Civil Veterinary Dept. Bombay admin report 1900-1906 - 1900-1906
Year: 1900
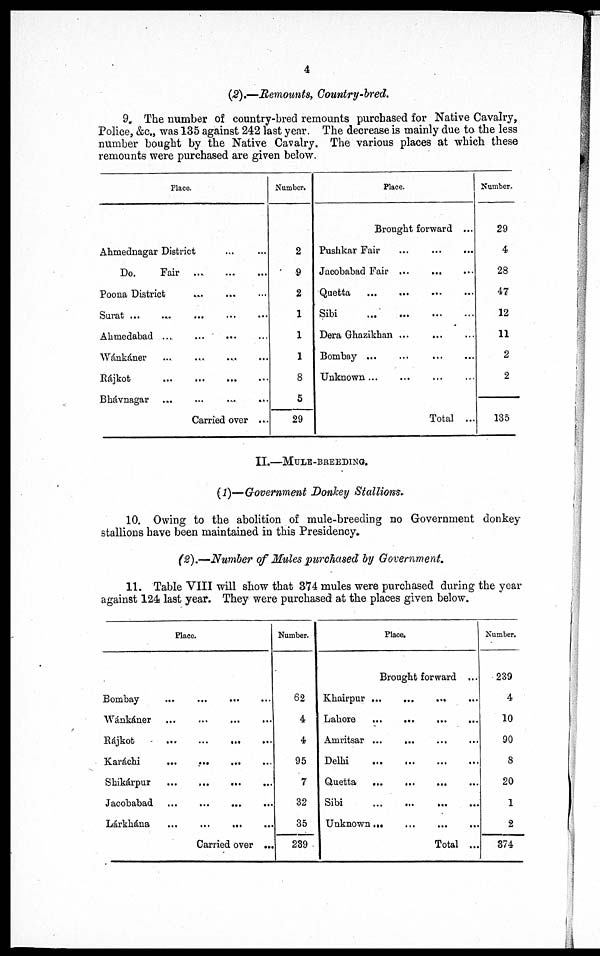
4
(2).—Remounts, Country-bred.
9. The number of country-bred remounts purchased for Native Cavalry,
Police, &c.,was 135 against 242 last year. The decrease is mainly due to the less
number bought by the Native Cavalry. The various places at which these
remounts were purchased are given below.
Place.
Ahmednagar District ... ...
Do.
Fair ....
Poona District ... ... ...
Surat ... ... ... ... ... ...
Ahmedabad ...
...
...
...
Wánkáner ... ... ... ...
Rájkot
....
Bhávnagar ...
...
...
...
Carried over ....
Number.
2
9
2
1
1
1
8
5
29
Place.
Brought forward ...
Pushkar Fair ... ... ...
Jacobabad Fair ...
...
...
Quetta
...
... ... ...
Sibi ... ...
...
...
Dera Ghazikhan ... ... ...
Bombay ...
Unknown ... ... ... ...
Total ...
Number.
29
4
28
47
12
11
2
2
135
II.—MULE-BREEDING.
(1)—Government Donkey Stallions.
10. Owing to the abolition of mule-breeding no Government donkey
stallions have been maintained in this Presidency.
(2).—Number of Mules purchased by Government.
11. Table VIII will show that 374 mules were purchased during the year
against 124 last year. They were purchased at the places given below.
Place.
Bombay
...
...
...
Wánkáner
...
...
...
...
Rájkot
...
...
...
...
Karáchi
...
...
...
Shikárpur
...
...
... ...
Jacobabad
...
...
...
....
Lárkhána
...
...
...
Carried over ...
Number.
62
4
4
95
7
32
35
239
Place.
Brought forward ...
Khairpur ...
....
... ...
Lahore
...
...
Amritsar ...
... ... ...
Delhi
...
...
...
...
Quetta
... ... ... ...
Sibi
...
...
... ...
Unknown
...
...
...
...
Total ...
Number.
239
4
10
90
8
20
1
2
374